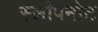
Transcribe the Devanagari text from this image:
स्लीपनोट